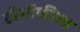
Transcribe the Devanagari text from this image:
टॉमीफील्ड